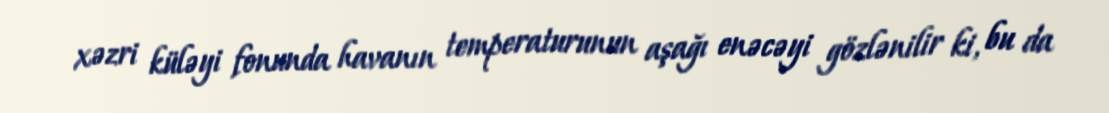
xəzri küləyi fonunda havanın temperaturunun aşağı enəcəyi gözlənilir ki, bu da